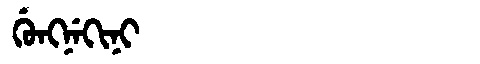
Manchu: ᡤᡠᠩᠨᡝᡴᡳᠨᡳ
Romanization: GUNGNEKINI